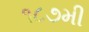
૧૮૭મી